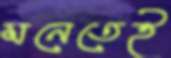
মনেতেই